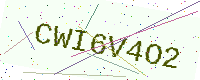
Text: CWI6V4O2